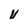
Character: U